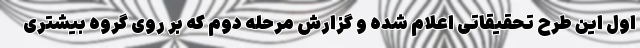
اول این طرح تحقیقاتی اعلام شده و گزارش مرحله دوم که بر روی گروه بیشتری